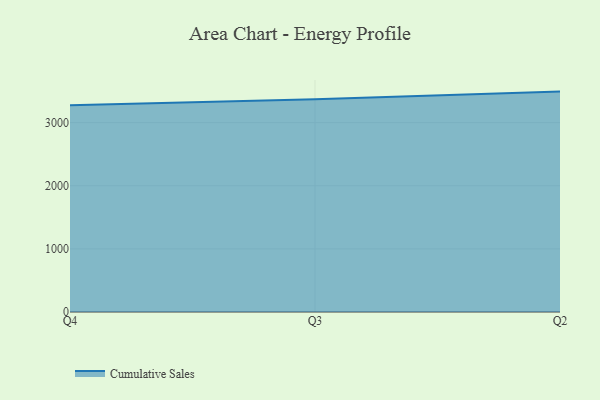
{"axis": {"x": "Quarter", "y": "Inventory Turnover"}, "legend": ["Cumulative Sales"], "data": [{"x": "Q4", "y": 3274.0, "type": "Cumulative Sales"}, {"x": "Q3", "y": 3369.9, "type": "Cumulative Sales"}, {"x": "Q2", "y": 3491.7, "type": "Cumulative Sales"}]}